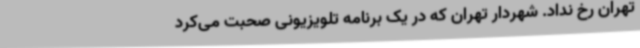
تهران رخ نداد. شهردار تهران که در یک برنامه تلویزیونی صحبت می‌کرد